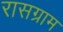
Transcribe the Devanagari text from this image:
रासग्राम